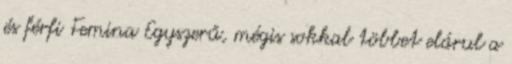
és férfi Femina Egyszerű, mégis sokkal többet elárul a